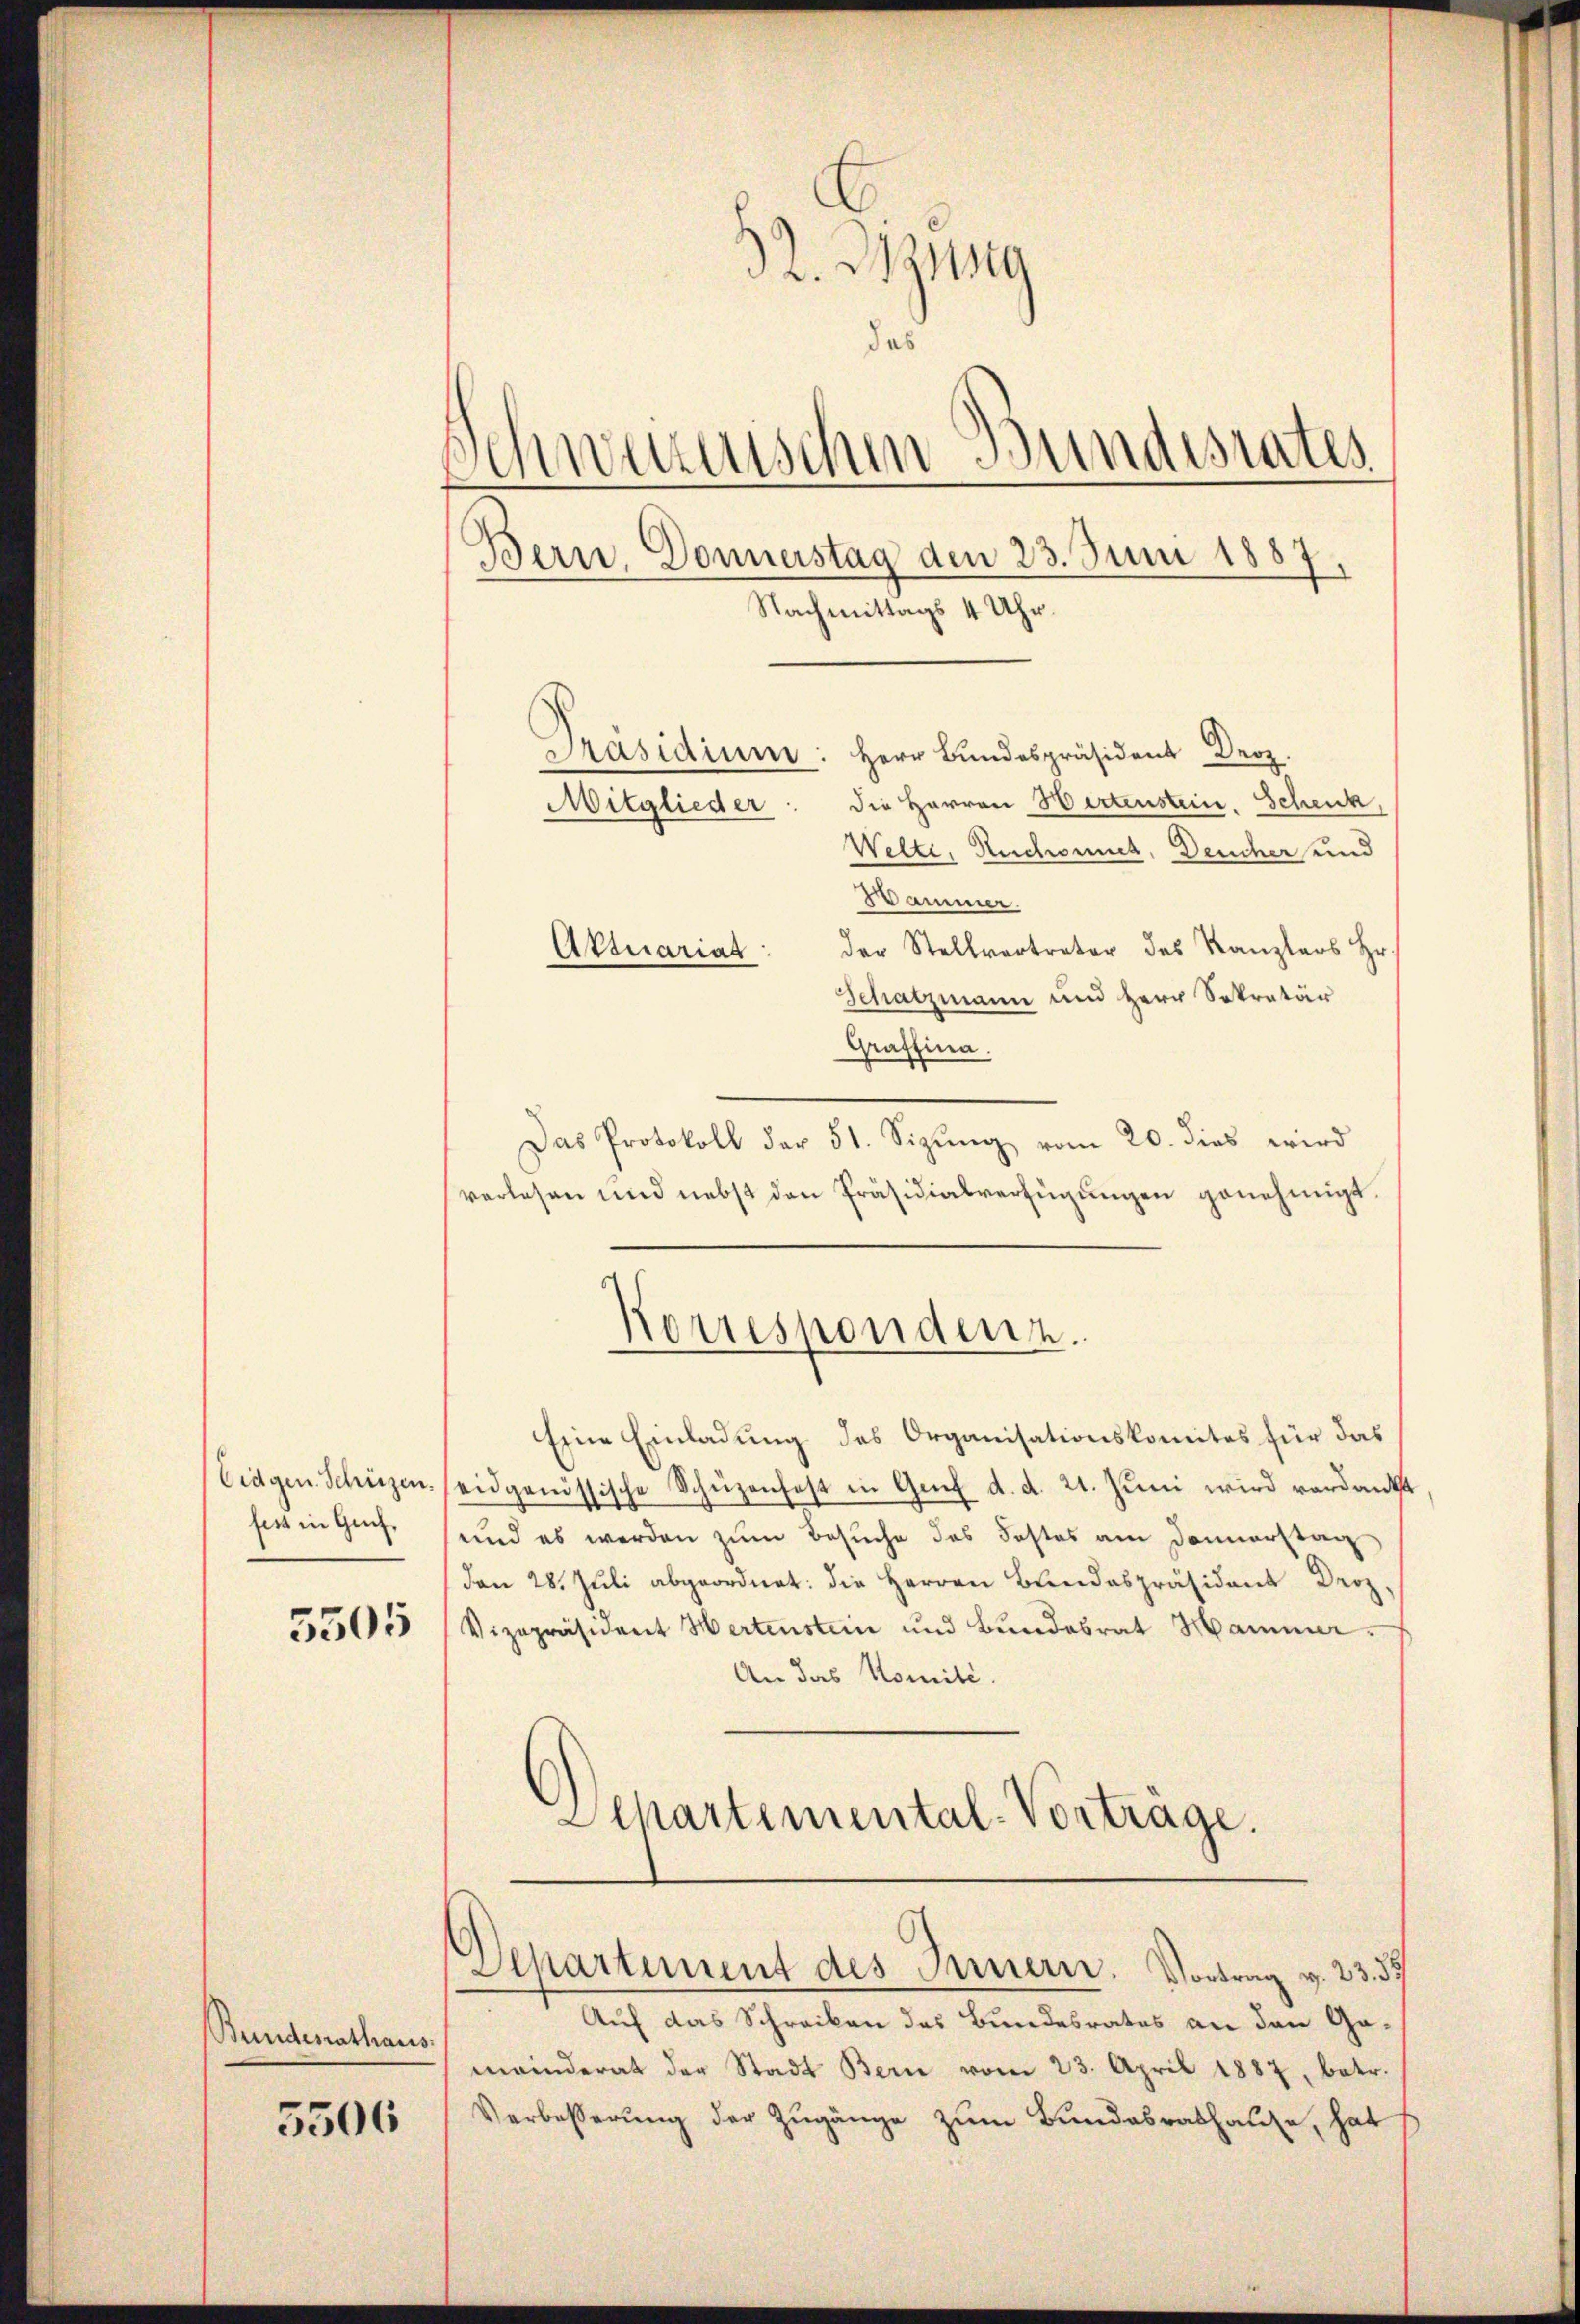
Bundenathaus.

5506

32. Bzng
das
Schwerenischen Bundesrates
Bern, Donnerstag den 23. Juni 1887
Nachmittags 4 Uhr.
Präsidium: Herr Bundespräsident Dez
die Herren Wertenstein. Schenk
Mitglieder
Welte, Ruchonnes, Deucher und
Hammer.
der Stellvertreter des Kanzlers Hr.
Attuariat
Schatzmann und Herr Sekretär

Graffina.
Das Protokoll der 51. Sizung vom 20. dies wird
verlesen und nebst den Präsidialverfügungen genehmigt.
Korrespondenz.
Eine Einladung des Organisationskomites für das
Eidgen. Schüzen eidgenössische Schüzenfest in Genf d. d. 21. Juni wird verdankt
sein Genf und es werden zum Besuche des Fastes am Donnerstag
den 28. Juli abgeordnet: die Herren Bundespräsident Droz.
55058 / Vizepräsident Wertenstein und Bundesrat Hammer.
An das Komité.
Departemental-Vorträge.

Auf das Schreiben des Bundesrates an den Gameinderat der Stadt Bern vom 23. April 1887, betr.
Verbesserung der Zugänge zum Bundesrathause, hat

Departement des Innern. Vortrag v. 23. 37